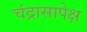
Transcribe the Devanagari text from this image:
चंद्रासापेक्ष